Lunatic asylums United Provinces 1909-1921 - 1909-1921
Year: 1909
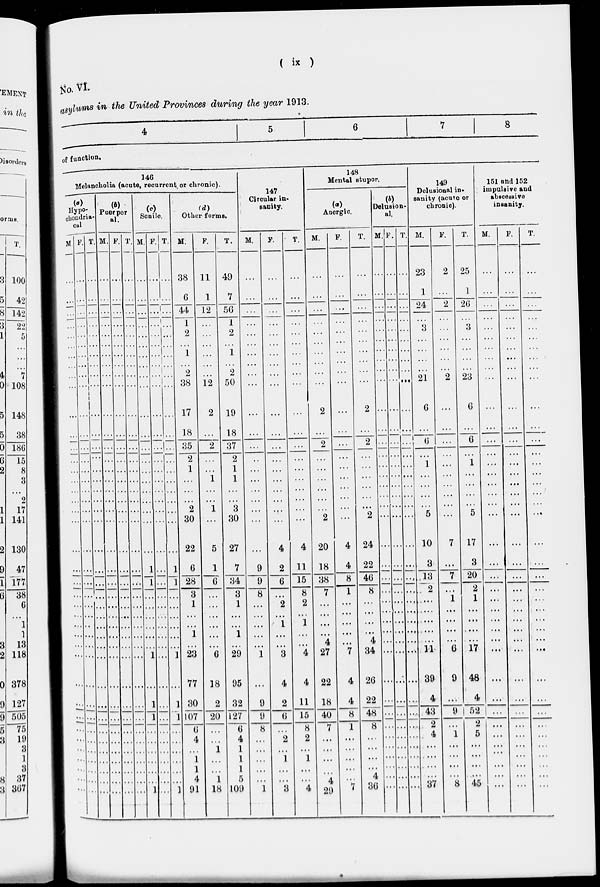
( « )
tfo. VI.
sulums in the United Provinces during the year 1913.
•" uim
■
—
4
5
6
7
8
B
^—
:
BOvdoi'8
B
of function.
■
I ——"
148
B
4
B
Melancholia (acute, recurrent, or chronic).
147
Circular in-
sanity.
Mental stupor.
\
1
149
ional in*
151 attd 152
impulsive and
(°).
Delusi<
Ancrgic.
B j
Dclus
"IU8.
B
{a)
(f>)
B
"yii 0 :
Puerpor
B
cboudria-
R £
B
''"'
(c)
<d)
Scuilo,
Other forms.
sanity (acute or
m-
chronic).
abscessive
insanity.
T;
B
M. P. T. M.l P, 1 . M. P.IT, M.
p.
T.
M.
p.
■ T.
M.
P.
T. M. P. T. M.
P.
T.
M.
p.
T.
—-
100
■
38 n 49
...
... 23
2 25
...
■ ' - .
6
i
7
50
...
...
...
...
1
1
20
42
... 24
3
2
142
..'... 44 12
'"' ,
■ 5:::::::::
:::
3
...
22
5
! ...
1
...........
2
1
2
•..
1 :;;■:::::::::::: '.:::: :' .' .r.*.: 'i
1
...
...
"l
108
■
j... 38
12
2
50 ...
...
ill 21 2 23
...
148
■
17
2 19
2
...
2
G
...
0
...
38
1 E
18
37
2
1
2
• ••
G
...!
180
...
35
2
1
2
2
.....! 6
1
...
...
15
8
••
:::
...
i ...
...
3
■ ••■
1
1
...
...
•• • ! ...
...
2
I
...
...
...
...
...
■ ■ ■
17
141
1 ::::::::::::::: ......1 2
... ... ... ... 30
1
8
30
...
2 ... "2 ....
5
...
5
...
...
130
B
22
5
1
G
27
7
9
4
2
4
11
15
8
20
18
4
4
8
24 ... •
22
40 .. •
10
3
13
.. 2
7
7
1
17
3 ...
...
47
1 -4 "
... 1 ... 1 28
8
20
...
~177
34
3
9
8
0
38
38
7
1
8 ••• •
2
1
...
0
1
1
...
2
2 ...
• • •
...
1
I
i 1 ... .. • ... ••• • .. 1. > • • • ... ... ... ... ...
1
B
1
0
1
29
i 3 4
"4
27 "7
4 ...
34 ...
11
G IT ... ...
...
13
|
...
118
378
I
77 18
2
20
95
32
127
0
4
9
9
8
4
2
4
11
22
18
4
4
8
26 ..
22 ...
48 ...
39
4
43
2
4
9 48
4 ...
...
127
1 ==4 . ... 1... 1 30
9 I 52
...
...
505
0
15 40
75
...
2
8
2
7
1
8 ...
i
2
5
...
...
19
I
3
1
1
. •.
...
... •••
• • •
1
W
1
1
...
1
1
...
• • •
...
...
...
...
3
I
37
307
. ... 1 ... 1 91
1
18
5
109
i 3 4 4
29 "7 30 ...
37
8 45
...
...
1 __
1! 1
1
1 .